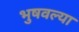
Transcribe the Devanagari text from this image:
भुषवल्या